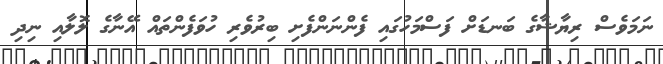
ނަމަވެސް ރިޔާޝާގެ ބަނޑަށް ފަސްމަހުގައި ފެންނަންފެށި ބިރުވެރި ހުވަފެންތައް އޭނާގެ ލޮލާއި ނިދި